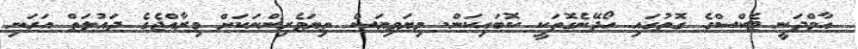
އާމްދަނީ ޓެކްސްގެ ގޮތުގައި ހޯދޭނެގޮތަކީ ކޮބައިކަން. މިޔަވިޔަސް ތިޔަވެރިންނަކަށް މިރާއްޖެގެ ދައުލަތް އަރަނި